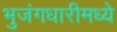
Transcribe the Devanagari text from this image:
भुजंगधारीमध्ये